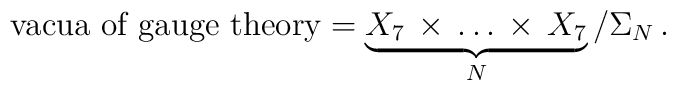
\mbox{vacua of gauge theory} = \underbrace{ X_7 \, \times \, \dots\,\times \, X_7}_{N}/\Sigma_N\,.